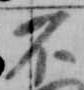
不